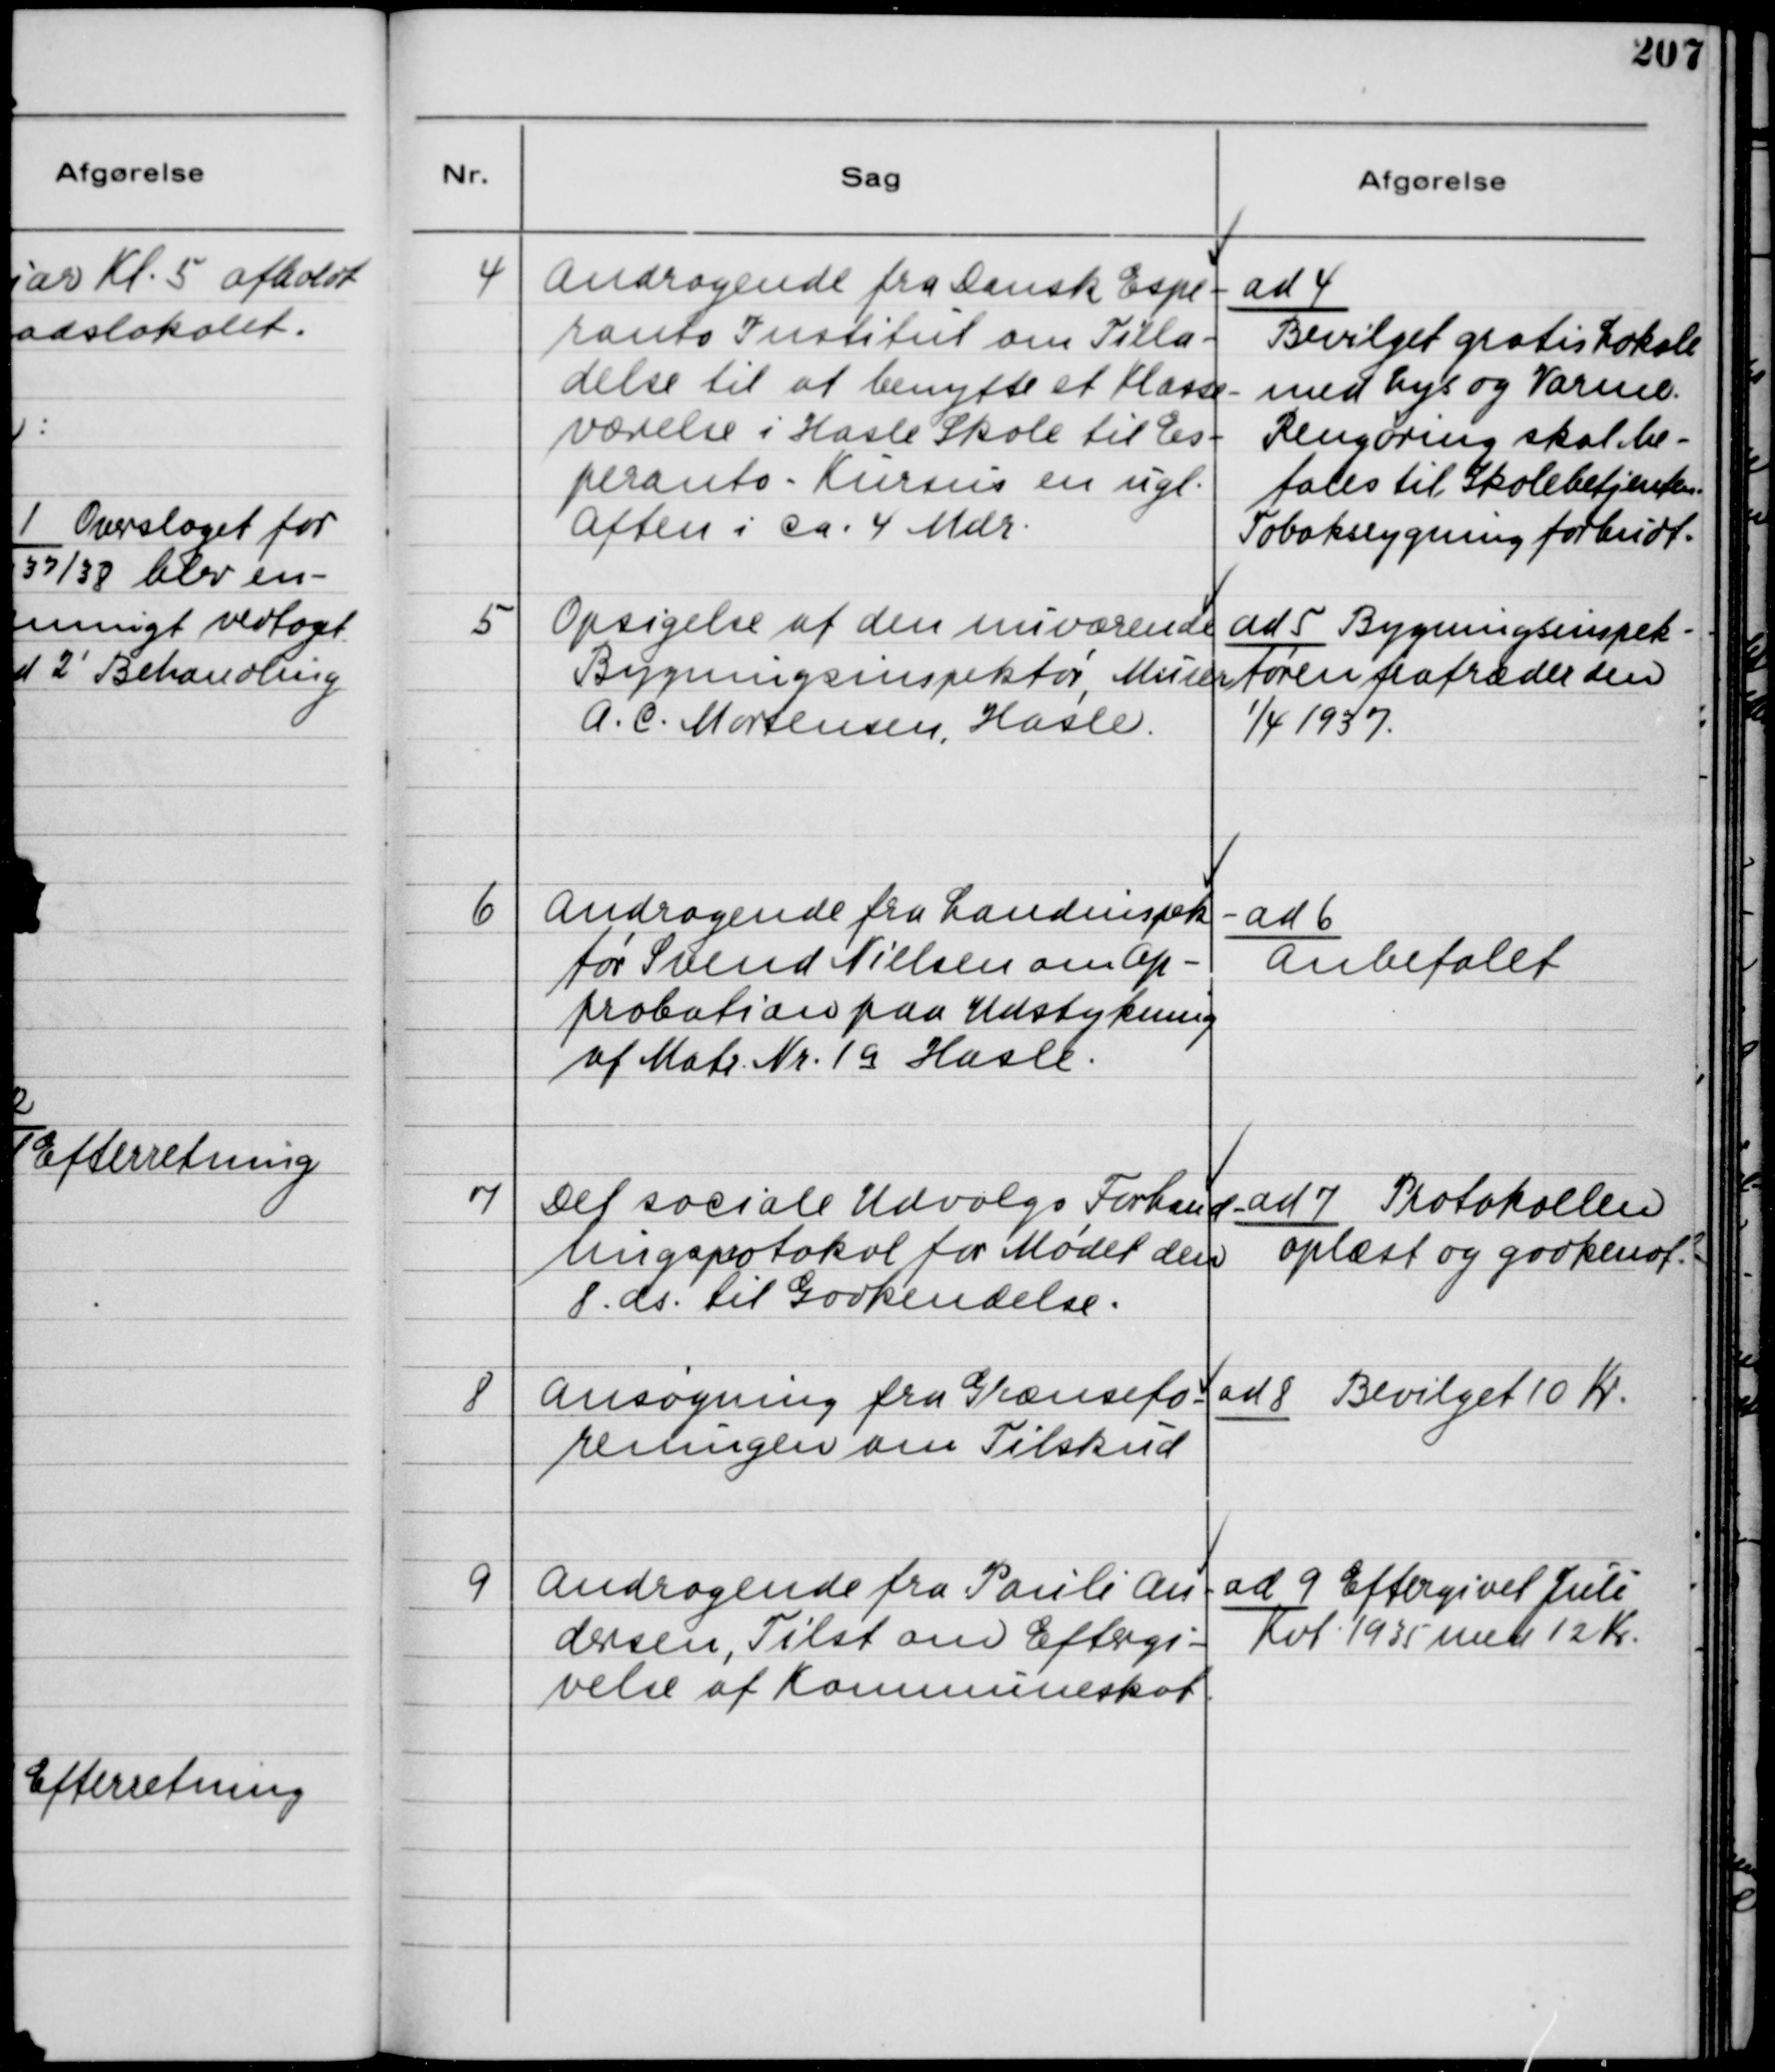
Transskription:
4
Andragende fra Dansk Espe-
ranto Institut om Tilla-
delse til at benytte et Klasse-
værelse i Hasle Skole til Es-
peranto - Kursus en ugl.
Aften i ca. 4 Mdr.

ad 4
Bevilget gratis Lokale
med Lys og Varme.
Rengøring skal be-
tales til Skolebetjenten.
Tobaksrygning forbudt.

5
Opsigelse af den nuværende
Bygningsinspektør, Murer
A. C. Mortensen, Hasle.

ad 5 Bygningsinspek-
tøren fratræder den
1
/4 1937.

6
Andragende fra Landinspek-
tør Svend Nielsen om Ap-
probation paa Udstykning
af Matr. Nr. 1 a Hasle.

ad 6
Anbefalet

7
Det sociale Udvalgs Forhand-
lingsprotokol for Mødet den
8. ds. til Godkendelse.

ad 7 Protokollen
oplæst og godkendt.

8
Ansøgning fra Grænsefo-
reningen om Tilskud

ad 8 Bevilget 10 Kr.

9
Andragende fra Pauli An-
dersen, Tilst om Eftergi-
velse af Kommuneskat.

ad 9 Eftergivet Juli
Kvt. 1935 med 12 Kr.